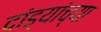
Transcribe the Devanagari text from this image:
दांड्यांच्या